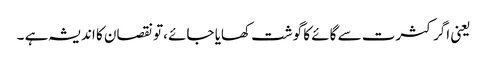
یعنی اگر کثرت سے گائے کا گوشت کھایا جائے ،تو نقصان کا اندیشہ ہے ۔